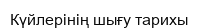
Күйлерінің шығу тарихы